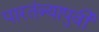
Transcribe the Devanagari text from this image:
पारतंत्र्यापुर्वी